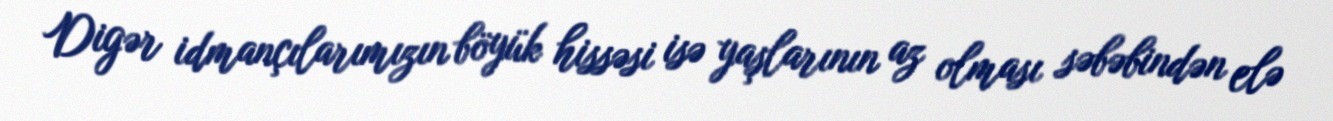
Digər idmançılarımızın böyük hissəsi isə yaşlarının az olması səbəbindən elə